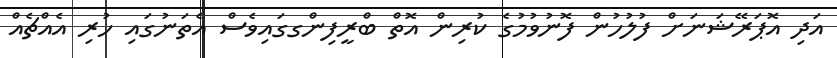
އަދި އޮޕަރޭޝަނަށް ފުލުހުން ފޮނުވުމުގެ ކުރިން އޮތް ބްރީފިންގގައިވެސް އެތަނުގައި ހުރި އެއްޗެއް